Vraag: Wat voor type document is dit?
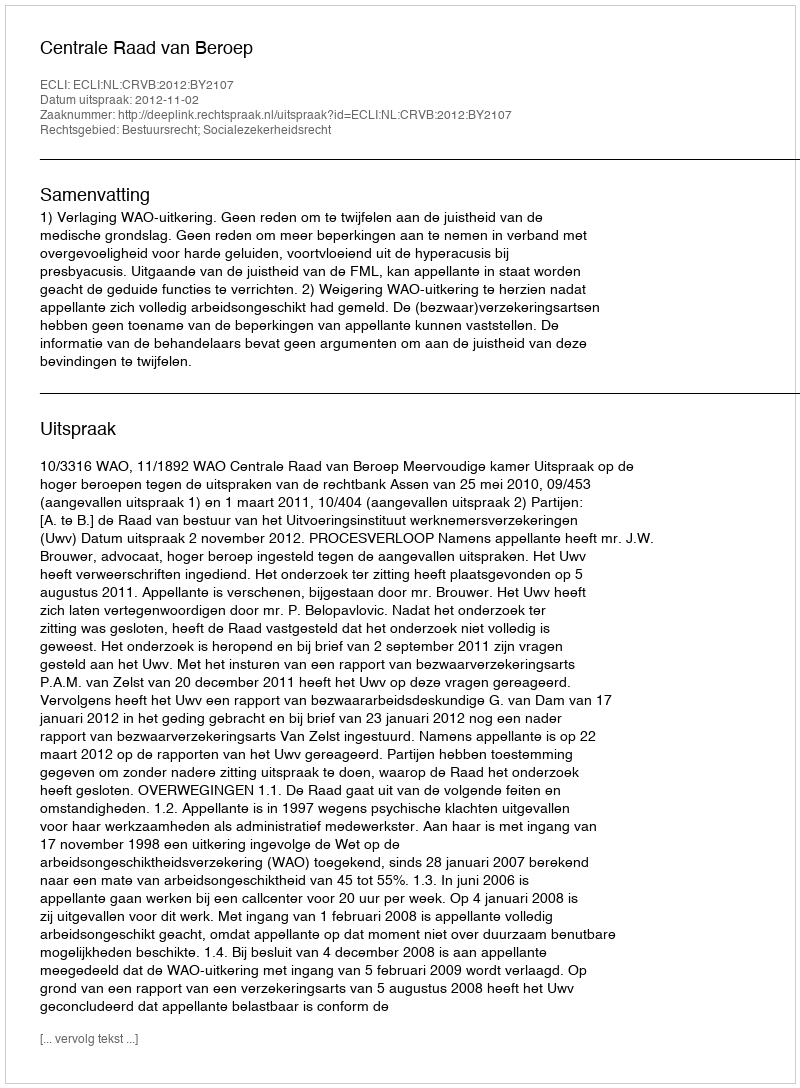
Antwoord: Uitspraak